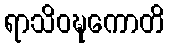
ရာသိဝဍ္ဎကောတိ